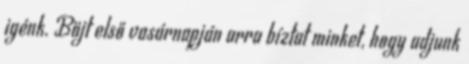
igénk. Böjt első vasárnapján arra bíztat minket, hogy adjunk